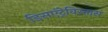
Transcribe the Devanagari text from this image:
डिसएंट्रेविस्तास